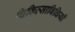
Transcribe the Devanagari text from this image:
चिकित्साविधियाँ